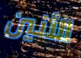
الأنين